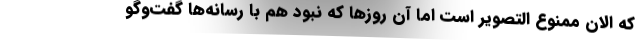
که الان ممنوع التصویر است اما آن روزها که نبود هم با رسانه‌ها گفت‌وگو